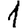
Digit: 1